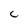
Character: C